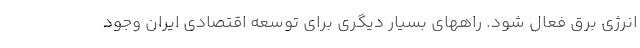
انرژی برق فعال شود. راههای بسیار دیگری برای توسعه اقتصادی ایران وجود